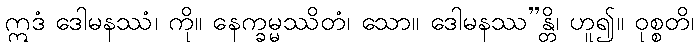
ဣဒံ ဒေါမနဿံ၊ ကို။ နေက္ခမ္မဿိတံ၊ သော။ ဒေါမနဿ”န္တိ၊ ဟူ၍။ ဝုစ္စတိ၊